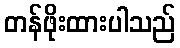
တန်ဖိုးထားပါသည်